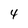
Character: 4